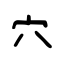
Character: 穴